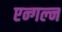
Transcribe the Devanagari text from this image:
एन्गल्न